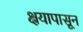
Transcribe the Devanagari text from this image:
क्षयापासून